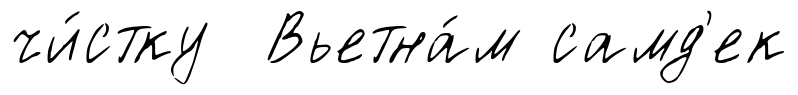
чи́стку Вьетна́м самд'ек